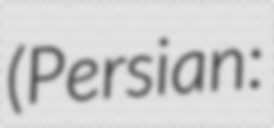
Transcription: (Persian: